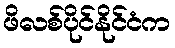
ဖိလစ်ပိုင်နိုင်ငံက